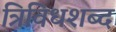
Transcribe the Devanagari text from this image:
त्रिविधशब्द